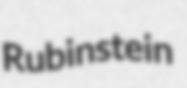
Rubinstein